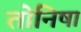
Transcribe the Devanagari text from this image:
तोनिषा